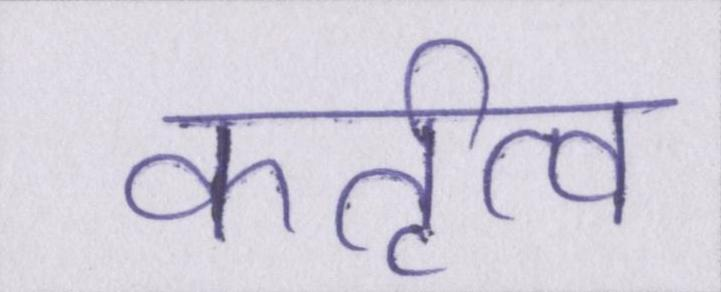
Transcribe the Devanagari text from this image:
कर्तृत्व